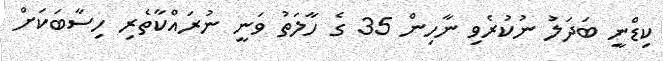
ކިޑްނީ ބަދަލު ނުކުރެވި ނާހިން 35 ގެ ހާލަތު ވަނީ ނުރައްކާތެރި ހިސާބަކަށް